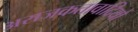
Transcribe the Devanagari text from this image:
अराजकतावादियों